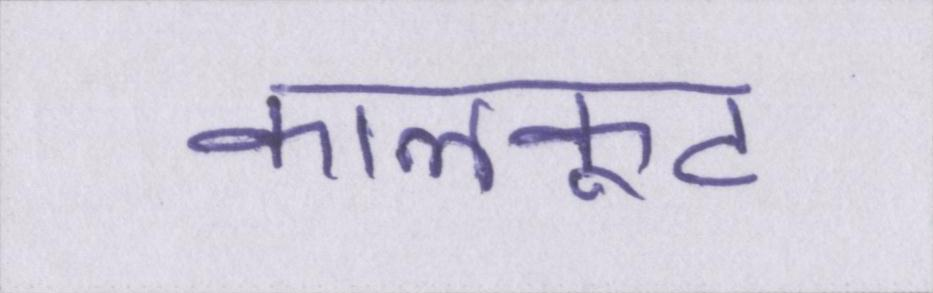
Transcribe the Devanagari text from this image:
कालकूट